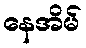
နေအိမ်